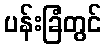
ပန်းခြံတွင်